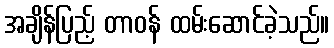
အချိန်ပြည့် တာဝန် ထမ်းဆောင်ခဲ့သည်။